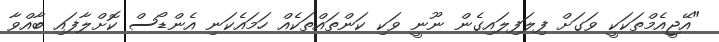
"އޭޖީއެމްތަކަކީ ވަގަށް ފިލަފިލައިގެން ނޫނީ ވަކި ކަންތައްތަކެއް ހަމައެކަނި އެންޑޯސް ކޮށްލާފައި ބާއްވާ